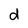
Character: d